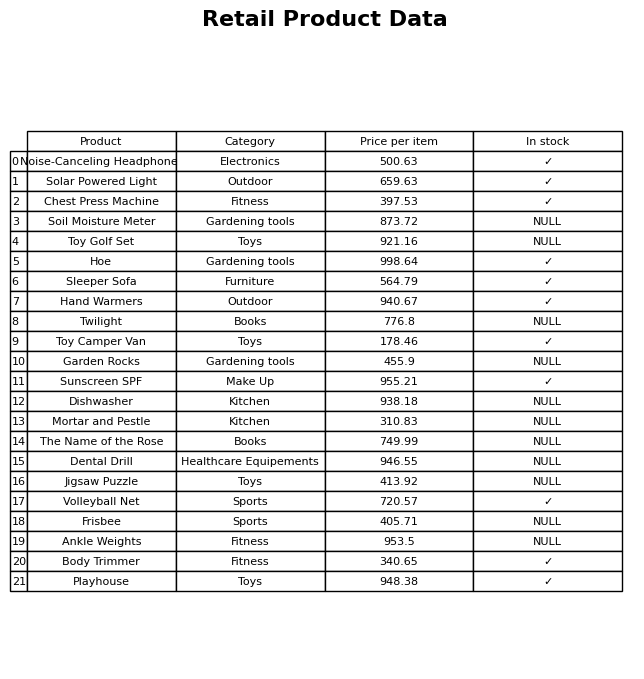
question: What is the price for Garden Rocks?
answer: The price of Garden Rocks is 455.9.